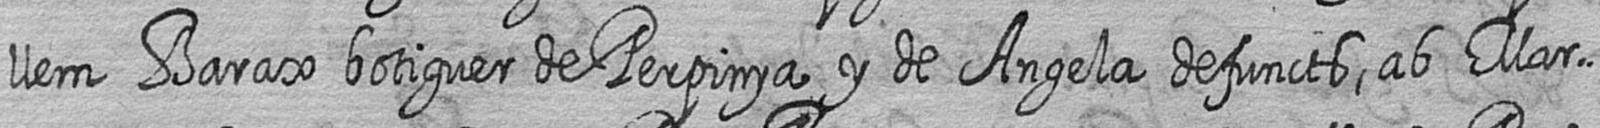
llem Barax botiguer de Perpinya y de Angela defuncts ab Mar=